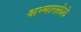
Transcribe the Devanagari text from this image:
अभ्यासलेले